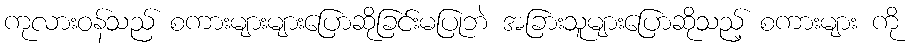
ကုလားဝန်သည် စကားများများပြောဆိုခြင်းမပြုဘဲ အခြားသူများပြောဆိုသည့် စကားများ ကို